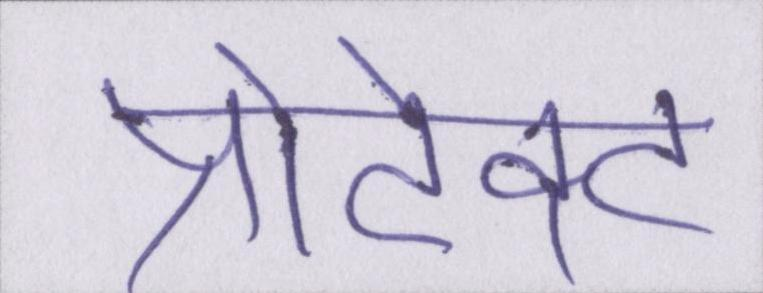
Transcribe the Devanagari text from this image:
प्रोटेक्ट